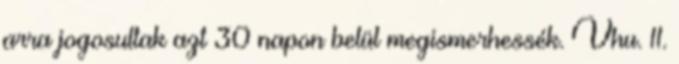
arra jogosultak azt 30 napon belül megismerhessék. Vhu. 11.